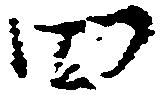
四